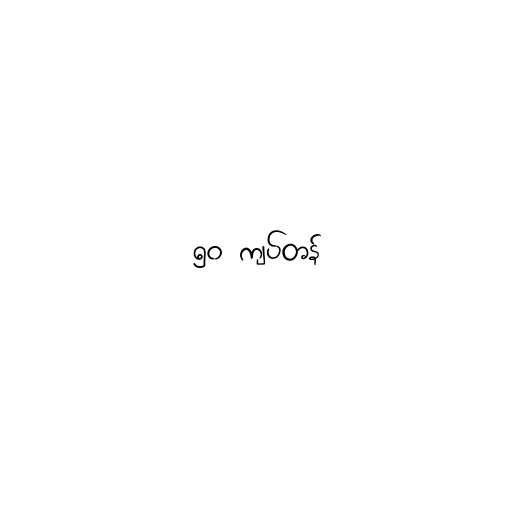
၅၀ ကျပ်တန်